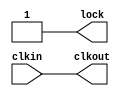
`timescale 1ns/1ps

// `define __GOWIN__


`ifndef __GOWIN__

module Gowin_rPLL (
    input   wire        clkin,
    output  wire        clkout,
    output  wire        lock
);

assign clkout = clkin;
assign lock = 1'b1;

endmodule

module Gowin_CLKDIV (
    input   wire        hclkin,
    input   wire        resetn,
    output  wire        clkout
);

assign clkout = resetn ? hclkin : 1'b0;

endmodule

module OSER10 (
    input   wire        PCLK,
    input   wire        FCLK,
    input   wire        RESET,

    input   wire        D0,
    input   wire        D1,
    input   wire        D2,
    input   wire        D3,
    input   wire        D4,
    input   wire        D5,
    input   wire        D6,
    input   wire        D7,
    input   wire        D8,
    input   wire        D9,

    output  wire        Q
);

reg [9:0] ser_sr;
reg q_out;

always @ (posedge RESET) begin
    ser_sr <= 10'b0;
end

always @ (posedge PCLK) begin
    ser_sr <= {D9, D8, D7, D6, D5, D4, D3, D2, D1, D0};
end

always @ (posedge FCLK) begin
    {ser_sr, q_out} <= {1'b0, ser_sr};
end

always @ (negedge FCLK) begin
    {ser_sr, q_out} <= {1'b0, ser_sr};
end

assign Q = q_out;

endmodule

module ELVDS_OBUF (
    input   wire        I,
    output  wire        O,
    output  wire        OB
);

assign O = I;
assign OB = ~I;

endmodule

`endif